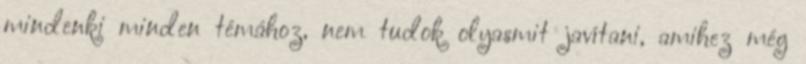
mindenki minden témához, nem tudok olyasmit javítani, amihez még